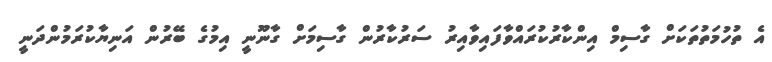
އެ ތުހުމަތުތަކަށް ގާސިމް އިންކާރުކުރައްވާފައިވާއިރު ސަރުކާރުން ގާސިމަށް ގާނޫނީ އިމުގެ ބޭރުން އަނިޔާކުރަމުންދަނީ